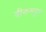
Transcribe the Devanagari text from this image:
बीकमपुर